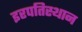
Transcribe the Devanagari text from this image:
इरपतिस्थान